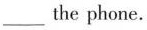
___the phone.